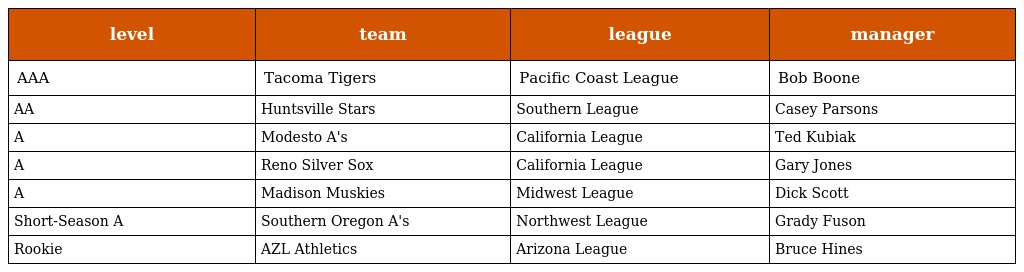
| level | team | league | manager |
 | --- | --- | --- | --- |
 | AAA | Tacoma Tigers | Pacific Coast League | Bob Boone |
 | AA | Huntsville Stars | Southern League | Casey Parsons |
 | A | Modesto A's | California League | Ted Kubiak |
 | A | Reno Silver Sox | California League | Gary Jones |
 | A | Madison Muskies | Midwest League | Dick Scott |
 | Short-Season A | Southern Oregon A's | Northwest League | Grady Fuson |
 | Rookie | AZL Athletics | Arizona League | Bruce Hines |